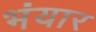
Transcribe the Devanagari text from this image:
भंयार